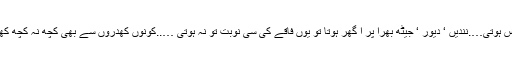
میری بھی کوئی ساس ہوتی….نندیں ‘ دیور ‘ جیٹھ بھرا پر ا گھر ہوتا تو یوں فاقے کی سی نوبت تو نہ ہوتی …..کونوں کھدروں سے بھی کچھ نہ کچھ کھانے کو مل ہی جاتا۔